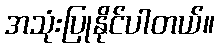
အသုံးပြုနိုင်ပါတယ်။